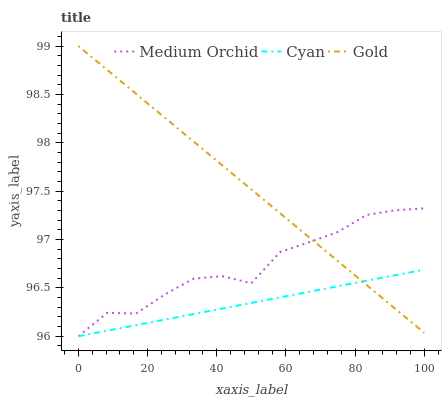
| xaxis_label | Medium Orchid | Cyan | Gold |
 | --- | --- | --- | --- |
 | 0 | 96 | 96 | 99 |
 | 8.33 | 96.2 | 96.1 | 98.8 |
 | 16.7 | 96.2 | 96.1 | 98.5 |
 | 25 | 96.4 | 96.2 | 98.3 |
 | 33.3 | 96.6 | 96.2 | 98 |
 | 41.7 | 96.6 | 96.3 | 97.8 |
 | 50 | 96.5 | 96.3 | 97.5 |
 | 58.3 | 96.9 | 96.4 | 97.3 |
 | 66.7 | 97 | 96.5 | 97 |
 | 75 | 97.1 | 96.5 | 96.8 |
 | 83.3 | 97.3 | 96.6 | 96.5 |
 | 91.7 | 97.3 | 96.6 | 96.3 |
 | 100 | 97.3 | 96.7 | 96 |